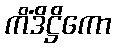
ကိံဒိဋ္ဌိကော